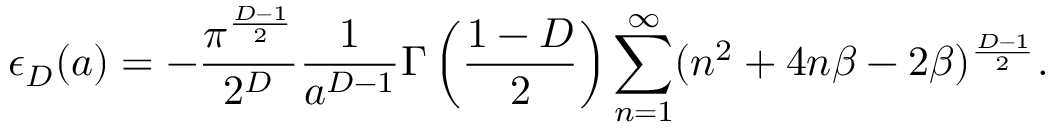
\epsilon _ { D } ( a ) = - \frac { \pi ^ { \frac { D - 1 } { 2 } } } { 2 ^ { D } } \frac { 1 } { a ^ { D - 1 } } \Gamma \left( \frac { 1 - D } { 2 } \right) \sum _ { n = 1 } ^ { \infty } ( n ^ { 2 } + 4 n \beta - 2 \beta ) ^ { \frac { D - 1 } { 2 } } .